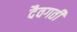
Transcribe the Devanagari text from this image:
दैवगती